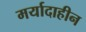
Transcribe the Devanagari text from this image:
मर्यादाहीन